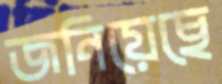
জনিয়েছে